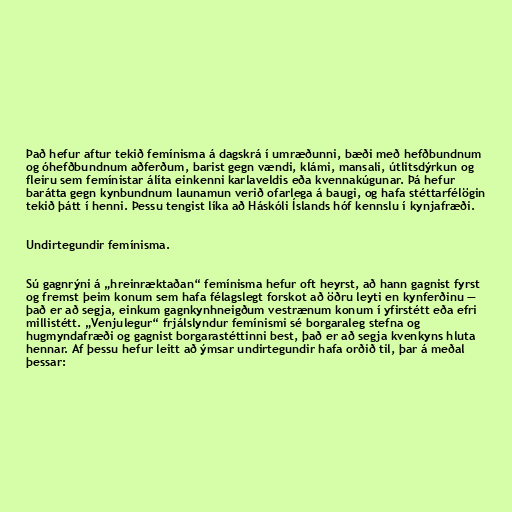
Það hefur aftur tekið femínisma á dagskrá í umræðunni, bæði með hefðbundnum
og óhefðbundnum aðferðum, barist gegn vændi, klámi, mansali, útlitsdýrkun og
fleiru sem femínistar álíta einkenni karlaveldis eða kvennakúgunar. Þá hefur
barátta gegn kynbundnum launamun verið ofarlega á baugi, og hafa stéttarfélögin
tekið þátt í henni. Þessu tengist líka að Háskóli Íslands hóf kennslu í kynjafræði.

Undirtegundir femínisma.

Sú gagnrýni á „hreinræktaðan“ femínisma hefur oft heyrst, að hann gagnist fyrst
og fremst þeim konum sem hafa félagslegt forskot að öðru leyti en kynferðinu —
það er að segja, einkum gagnkynhneigðum vestrænum konum í yfirstétt eða efri
millistétt. „Venjulegur“ frjálslyndur femínismi sé borgaraleg stefna og
hugmyndafræði og gagnist borgarastéttinni best, það er að segja kvenkyns hluta
hennar. Af þessu hefur leitt að ýmsar undirtegundir hafa orðið til, þar á meðal
þessar: